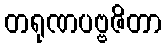
တရုဏပဗ္ဗဇိတာ